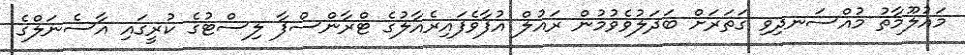
މައުލޫމާތު މުއްސަނދިވި ގަތަރަށް ބަދަލުވެވުމުން ރައުލް އުފާވެފައިރެއާލުގެ ޓްރާންސްފާ ލިސްޓުގެ ކުރީގައި އާސެނަލްގެ